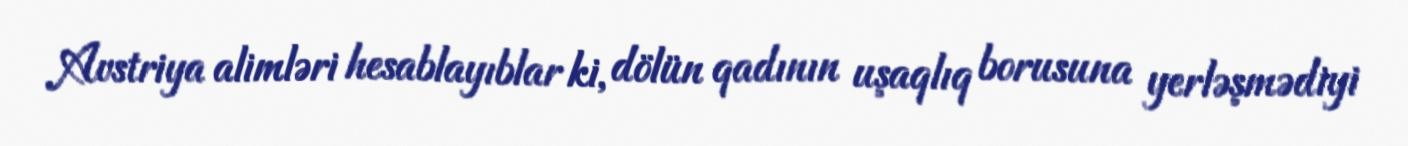
Avstriya alimləri hesablayıblar ki, dölün qadının uşaqlıq borusuna yerləşmədiyi